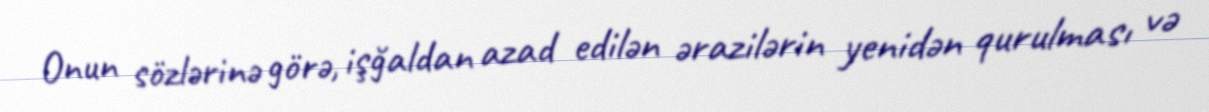
Onun sözlərinə görə, işğaldan azad edilən ərazilərin yenidən qurulması və